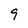
Character: 9